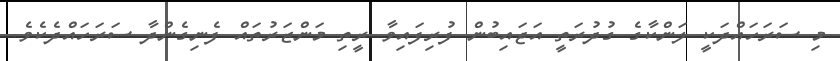
މި ސަރަހައްދަކީ ލަންކާގެ ގުދުރަތީ އަޖައިބުން ފުރިފައިވާ ރީތި މަންޒަރުތައް ފެނިގެންދާ ސަރަހައްދެކެވެ.